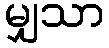
မျှသာ